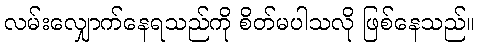
လမ်းလျှောက်နေရသည်ကို စိတ်မပါသလို ဖြစ်နေသည်။